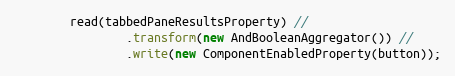
Language: Java
        read(tabbedPaneResultsProperty) //
                .transform(new AndBooleanAggregator()) //
                .write(new ComponentEnabledProperty(button));